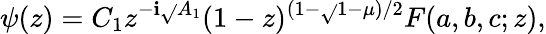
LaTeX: \psi(z)=C_{1}z^{-\mathbf{i}\sqrt{}{{A_{1}}}}(1-z)^{(1-\sqrt{}{{1-\mu}})/2}F(a,b,c;z),